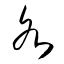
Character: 各